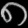
Digit: ၈